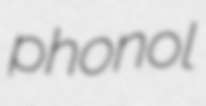
phonol